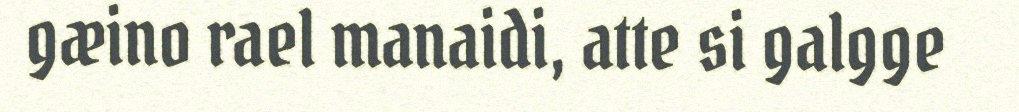
gæino rael manaidi, atte si galgge